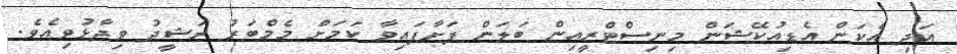
އަދި އެކަން އެޑިއުކޭޝަން މިނިސްޓްރީއިން ބަލަން ފަށާފައިވާ ކަމަށް މެމްބަރު ރަޝީދު ވިދާޅުވިއެވެ.